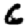
Digit: 6